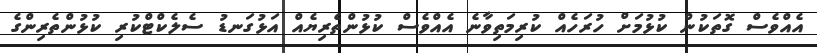
އެއްވެސް ގޮތަކުން ކުޅުމަށް ހުރަހެއް ކުރިމަތިވާނެ އެއްވެސް ކުޅުންތެރިޔެއް އަޅުގަނޑު ސެލެކްޓްކުރި ކުޅުންތެރިންގެ